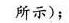
所示)；